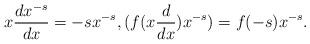
LaTeX: \begin{align*}x\frac{dx^{-s}}{dx} = -sx^{-s},(f(x\frac{d}{dx})x^{-s}) = f(-s)x^{-s}.\end{align*}